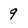
Character: 9